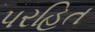
પરહિત